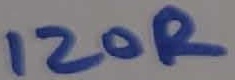
Text: 120R